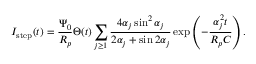
I _ { \mathrm { s t e p } } ( t ) = \frac { \Psi _ { 0 } } { R _ { p } } \Theta ( t ) \sum _ { j \ge 1 } \frac { 4 \alpha _ { j } \sin ^ { 2 } \alpha _ { j } } { 2 \alpha _ { j } + \sin 2 \alpha _ { j } } \exp { \left( - \frac { \alpha _ { j } ^ { 2 } t } { R _ { p } C } \right) } \, .